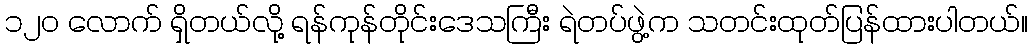
၁၂၀ လောက် ရှိတယ်လို့ ရန်ကုန်တိုင်းဒေသကြီး ရဲတပ်ဖွဲ့က သတင်းထုတ်ပြန်ထားပါတယ်။